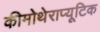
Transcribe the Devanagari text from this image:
कीमोथेराप्यूटिक